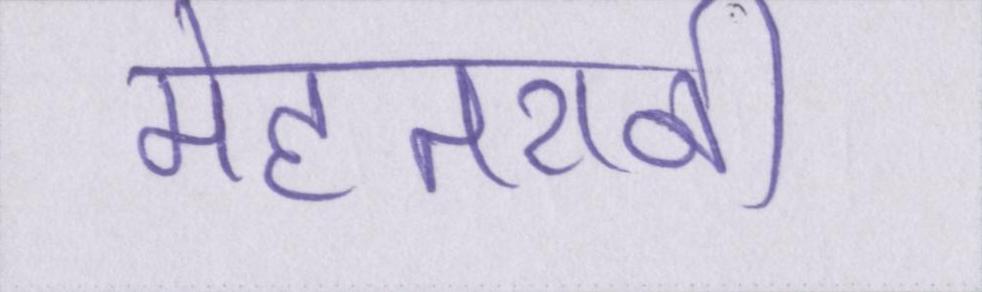
मेहतरानी